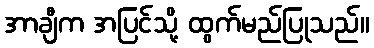
အာချီက အပြင်သို့ ထွက်မည်ပြုသည်။